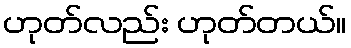
ဟုတ်လည်း ဟုတ်တယ်။